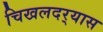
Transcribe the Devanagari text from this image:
चिखलदर्‍यास